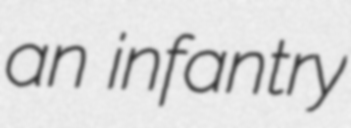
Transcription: an infantry